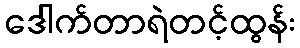
ဒေါက်တာရဲတင့်ထွန်း